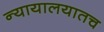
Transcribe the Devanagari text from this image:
न्यायालयातच